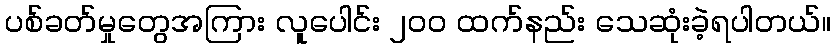
ပစ်ခတ်မှုတွေအကြား လူပေါင်း ၂၀၀ ထက်နည်း သေဆုံးခဲ့ရပါတယ်။